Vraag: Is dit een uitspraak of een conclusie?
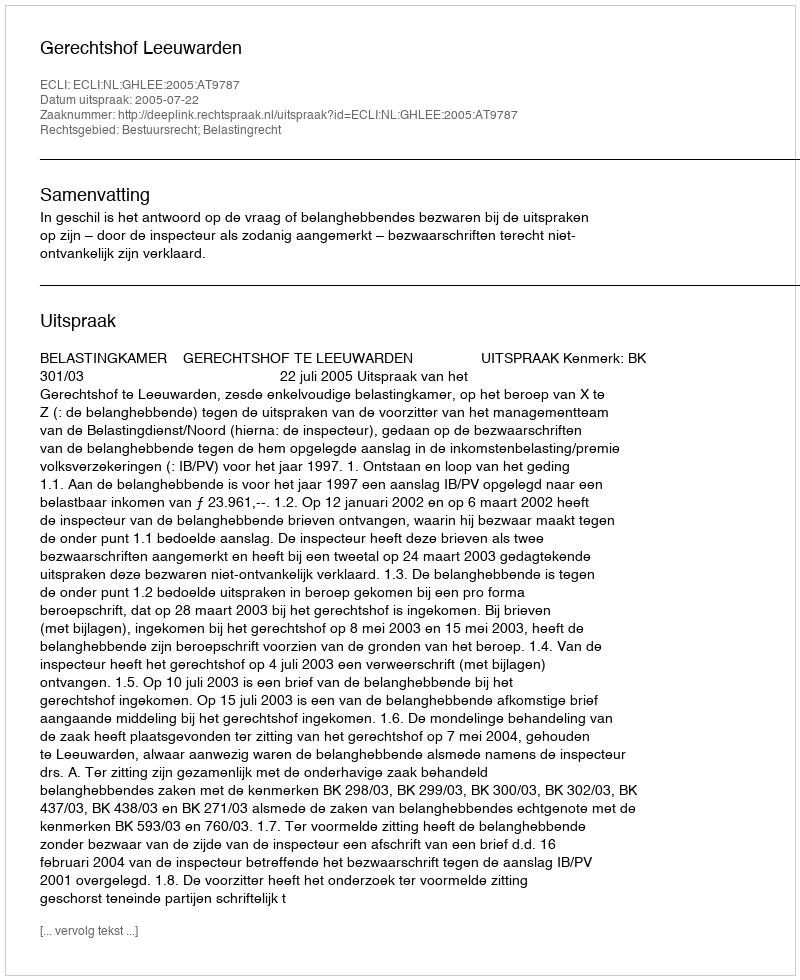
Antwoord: Uitspraak